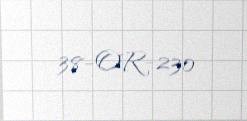
38-OR-230